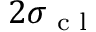
2 \sigma _ { \textnormal { c l } }